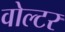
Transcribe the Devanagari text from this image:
वोल्टर